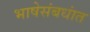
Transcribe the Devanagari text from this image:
भाषेसंबधांत